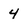
Character: 4